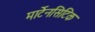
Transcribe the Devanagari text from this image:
मार्टेनसिटिक